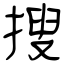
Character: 捜